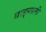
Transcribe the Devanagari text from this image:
बाङ्गाली